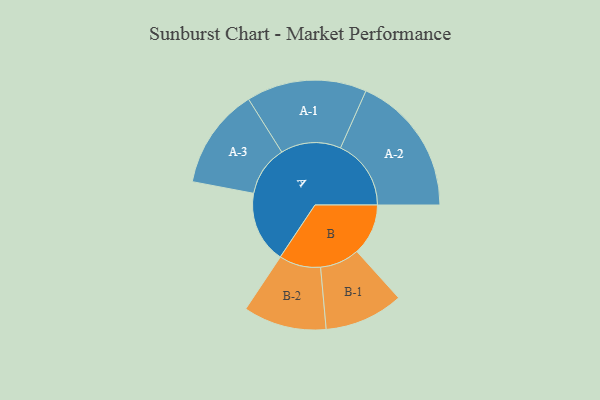
{"axis": {"x": "Segment", "y": "Value"}, "legend": ["", "A", "B"], "data": [{"x": "A", "y": 302, "type": ""}, {"x": "B", "y": 216, "type": ""}, {"x": "A-1", "y": 253, "type": "A"}, {"x": "A-2", "y": 297, "type": "A"}, {"x": "A-3", "y": 212, "type": "A"}, {"x": "B-1", "y": 166, "type": "B"}, {"x": "B-2", "y": 175, "type": "B"}]}